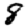
Digit: 8